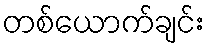
တစ်ယောက်ချင်း